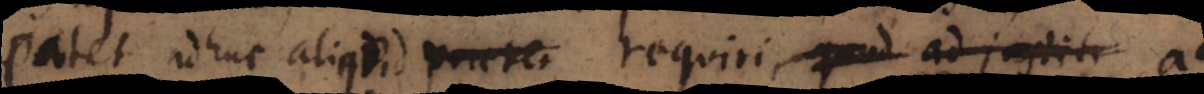
patet adhuc aliquid praeter requiri quod ad justiti a